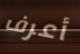
أعرف